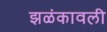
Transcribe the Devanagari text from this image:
झळंकावली